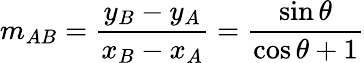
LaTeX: m_{AB}={\frac{y_{B}-y_{A}}{x_{B}-x_{A}}}={\frac{\sin\theta}{\cos\theta+1}}